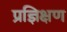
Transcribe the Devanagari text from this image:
प्रज्ञिक्षण